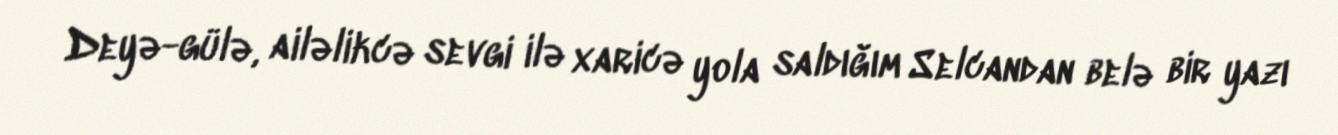
Deyə-gülə, ailəlikcə sevgi ilə xaricə yola saldığım Selcandan belə bir yazı